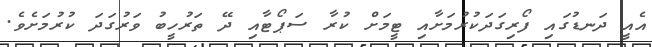
އެއީ ދަނޑުގައި ފޯރިގަދަކުރުމަށާއި ޓީމަށް ކުރާ ސަޕޯޓާއި ދޭ ތަރުހީބު ވަރުގަދަ ކުރުމަށެވެ.